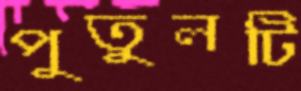
পুতুলটি